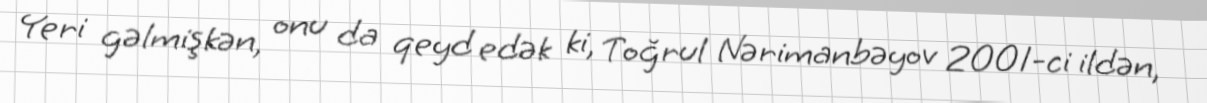
Yeri gəlmişkən, onu da qeyd edək ki, Toğrul Nərimanbəyov 2001-ci ildən,